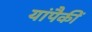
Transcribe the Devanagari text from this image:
यांपैकीं